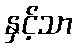
နှင့်သာ